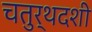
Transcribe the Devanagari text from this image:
चतुर्थदशी